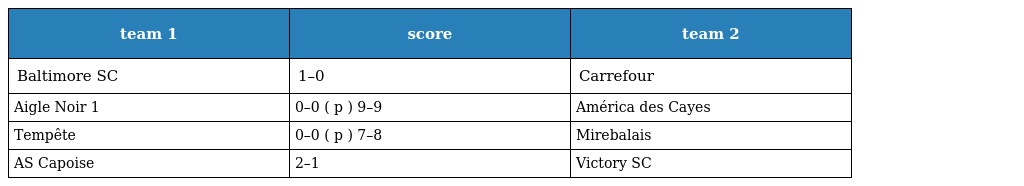
| team 1 | score | team 2 |
 | --- | --- | --- |
 | Baltimore SC | 1–0 | Carrefour |
 | Aigle Noir 1 | 0–0 ( p ) 9–9 | América des Cayes |
 | Tempête | 0–0 ( p ) 7–8 | Mirebalais |
 | AS Capoise | 2–1 | Victory SC |